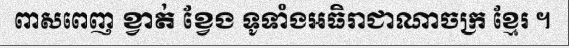
ពាសពេញ ខ្វាត់ ខ្វែង ទូទាំងអធិរាជាណាចក្រ ខ្មែរ ។